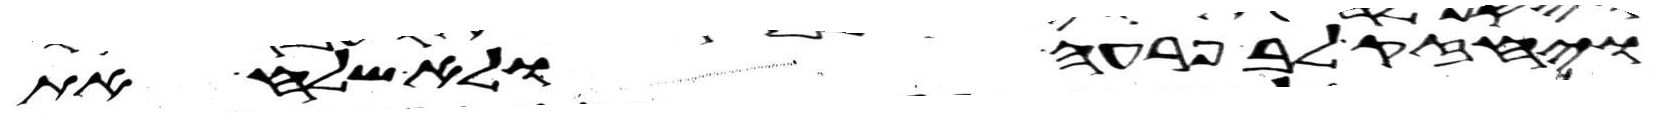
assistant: ויחזק לב פרעה ולא שלח את